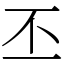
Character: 丕